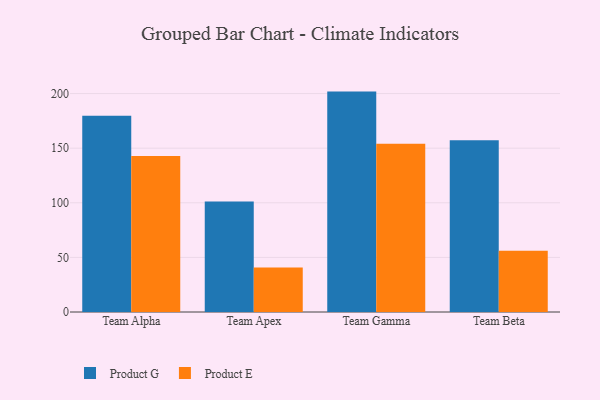
{"axis": {"x": "Team", "y": "Waste Production (Tons)"}, "legend": ["Product E", "Product G"], "data": [{"x": "Team Alpha", "y": 179.8, "type": "Product G"}, {"x": "Team Alpha", "y": 142.9, "type": "Product E"}, {"x": "Team Apex", "y": 101.1, "type": "Product G"}, {"x": "Team Apex", "y": 40.7, "type": "Product E"}, {"x": "Team Gamma", "y": 201.8, "type": "Product G"}, {"x": "Team Gamma", "y": 154.0, "type": "Product E"}, {"x": "Team Beta", "y": 157.3, "type": "Product G"}, {"x": "Team Beta", "y": 56.1, "type": "Product E"}]}